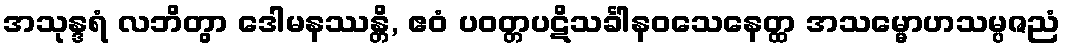
အသုန္ဒရံ လဘိတွာ ဒေါမနဿန္တိ, ဧဝံ ပဝတ္တပဋိသင်္ခါနဝသေနေတ္ထ အသမ္မောဟသမ္ပဇညံ